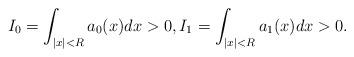
LaTeX: \begin{align*}I_0 = \int_{|x|<R} a_0(x) dx > 0,I_1 = \int_{|x|<R} a_1(x) dx > 0.\end{align*}